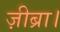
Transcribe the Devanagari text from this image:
ज़ीब्रा।